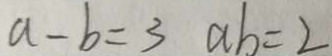
a - b = 3 a b = 2